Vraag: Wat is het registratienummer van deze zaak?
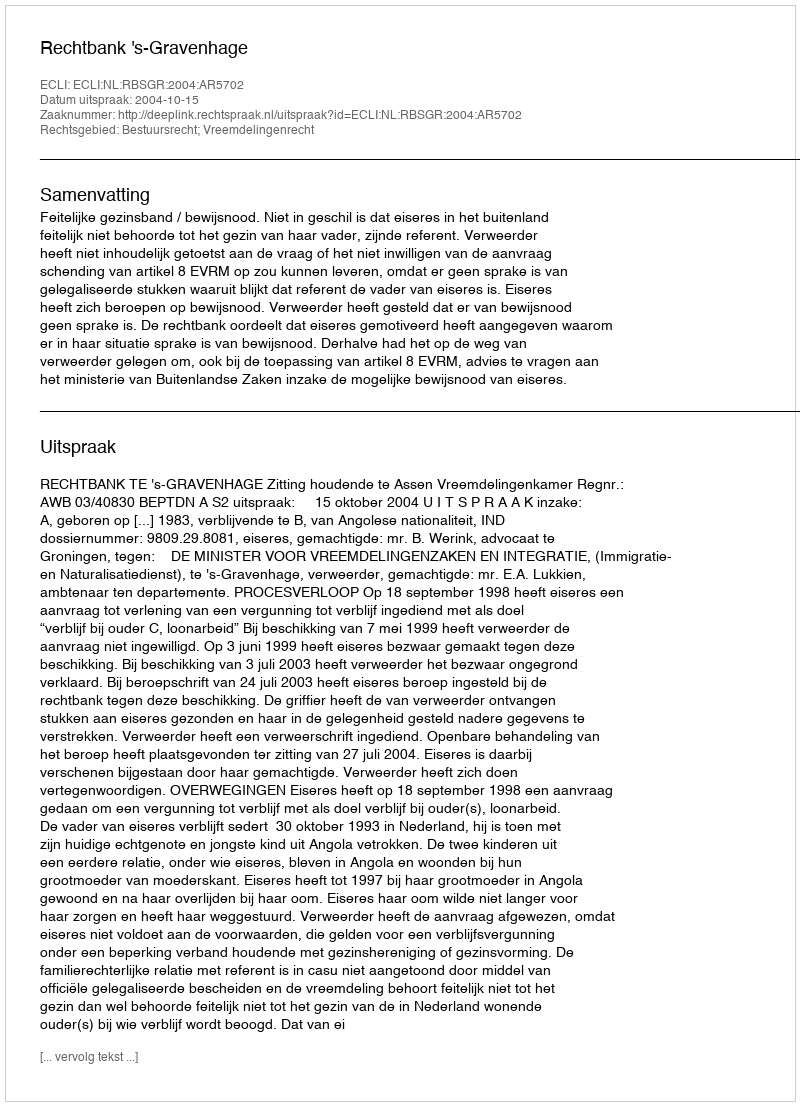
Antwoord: http://deeplink.rechtspraak.nl/uitspraak?id=ECLI:NL:RBSGR:2004:AR5702